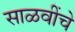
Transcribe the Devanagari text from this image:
साळवींचे